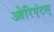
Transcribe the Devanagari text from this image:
ओरिएंटल्